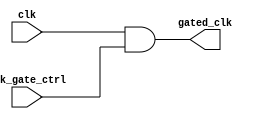
module clock_gating_cell (
    input wire clk,              // Primary clock signal
    input wire clk_gate_ctrl,    // Clock gating control signal
    output wire gated_clk        // Gated clock output
);
    // Internal wire to hold gated clock
    wire gated_clk_n;

    // Clock gating implementation using AND gate
    assign gated_clk = clk & clk_gate_ctrl;

    // Alternatively, you can implement a more complex structure
    // using transistors, but here we use a simple AND gate for illustration.
endmodule